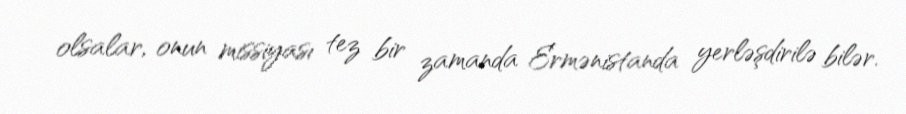
olsalar, onun missiyası tez bir zamanda Ermənistanda yerləşdirilə bilər.